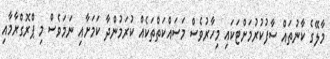
މާލޭގެ ކާނުތައް ސާފުކުރުމަށްޓަކައި މިހާރުވެސް މަސައްކަތްތަކެއް ކުރަމުންދާ ކަމަށާއި ނަމަވެސް މި ޕްރޮގްރާމާއި